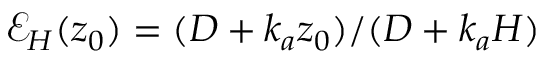
\mathcal { E } _ { H } ( z _ { 0 } ) = ( D + k _ { a } z _ { 0 } ) / ( D + k _ { a } H )